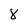
Character: 8